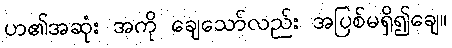
ဟ၏အဆုံး အကို ချေသော်လည်း အပြစ်မရှိ၍ချေ။